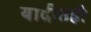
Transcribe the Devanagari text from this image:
यादीतही